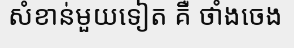
សំខាន់មួយទៀត គឺ ថាំងចេង